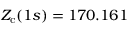
Z _ { \mathrm { c } } ( 1 s ) = 1 7 0 . 1 6 1